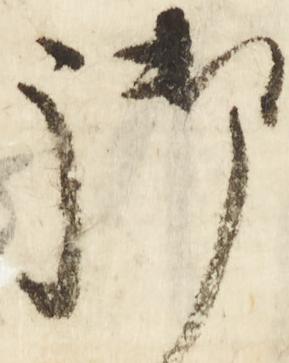
御